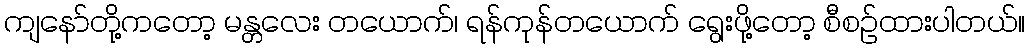
ကျနော်တို့ကတော့ မန္တလေး တယောက်၊ ရန်ကုန်တယောက် ရွေးဖို့တော့ စီစဉ်ထားပါတယ်။